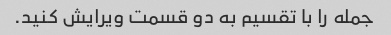
جمله را با تقسیم به دو قسمت ویرایش کنید.